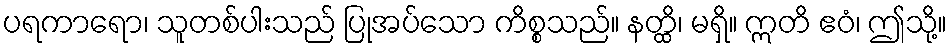
ပရကာရော၊ သူတစ်ပါးသည် ပြုအပ်သော ကိစ္စသည်။ နတ္ထိ၊ မရှိ။ ဣတိ ဧဝံ၊ ဤသို့။